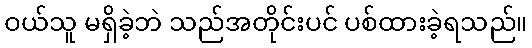
ဝယ်သူ မရှိခဲ့ဘဲ သည်အတိုင်းပင် ပစ်ထားခဲ့ရသည်။